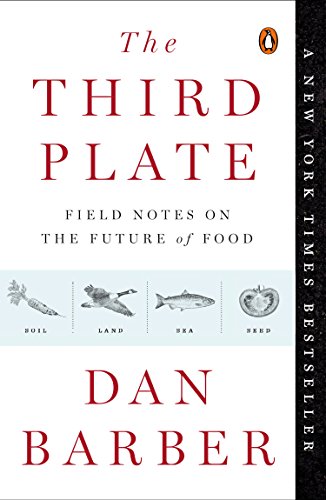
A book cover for The Third Plate: Field Notes on the Future of Food; Dan Barber; Cookbooks, Food & Wine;